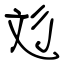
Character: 彣